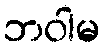
ဘဝါမ